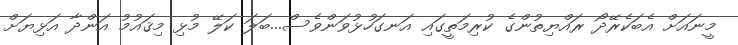
މީނައަށް އެބަކެރޭދޯ ރައްޔިތުންގެ ކުރިމަތީގައި އަނގަހުޅުވަންވެސް...ބަލަ ކަލޭ މުޅި މިޤައުމު އަންދާ އަޅިޔަށް